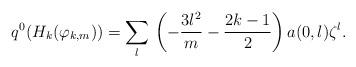
LaTeX: \begin{align*}q^0(H_k(\varphi_{k,m}))= \sum_{l}\,\left(-\frac{3l^2}m-\frac{2k-1}2\right)a(0,l)\zeta^l.\end{align*}